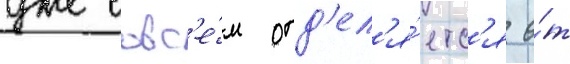
уже совс'е́м отд'ел'я́етс'я о́т